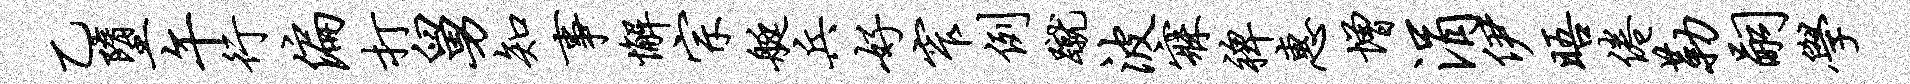
乙堕午行偏打舅知事懈宗艇兵好窄例蹴波寐裨惠增涓伊晤倦勒嗣学